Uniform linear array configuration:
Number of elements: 32
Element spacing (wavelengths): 0.5
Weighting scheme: hann
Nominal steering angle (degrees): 45
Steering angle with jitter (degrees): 43.984
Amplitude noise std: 0.05
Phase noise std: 0.05

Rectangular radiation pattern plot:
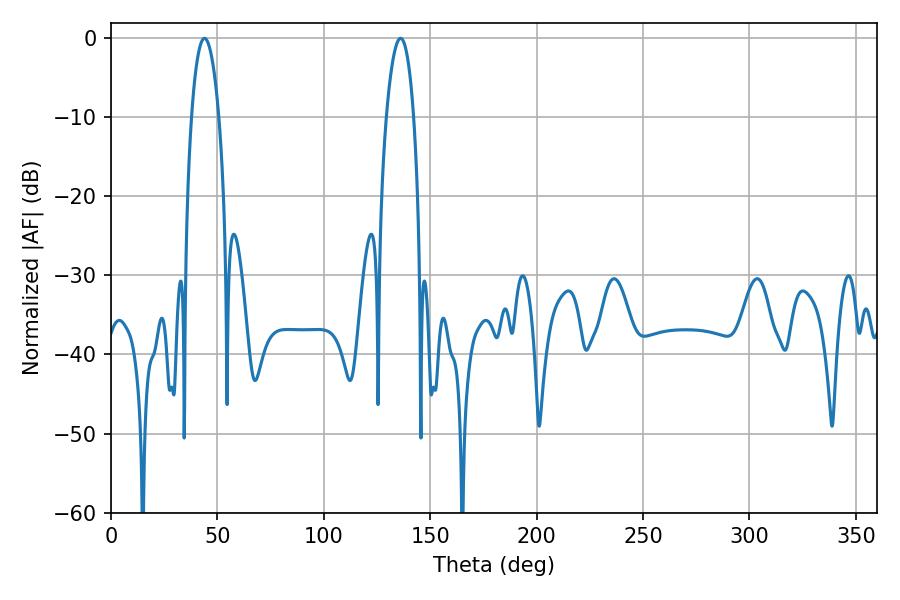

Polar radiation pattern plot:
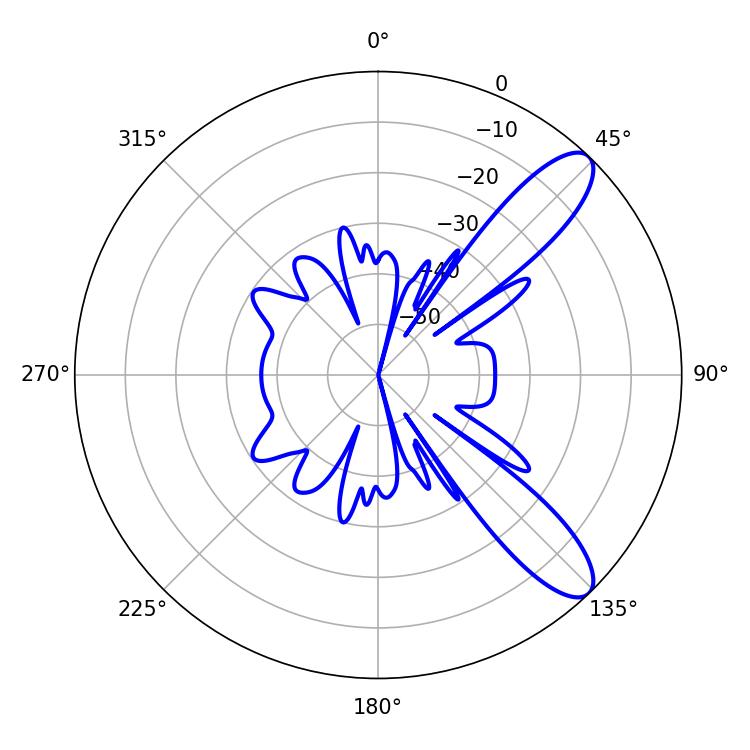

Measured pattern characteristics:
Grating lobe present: FALSE
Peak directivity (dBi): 10.322
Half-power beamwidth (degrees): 7.2
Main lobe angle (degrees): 43.92